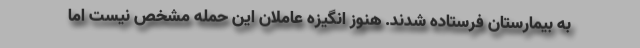
به بیمارستان فرستاده شدند. هنوز انگیزه عاملان این حمله مشخص نیست اما